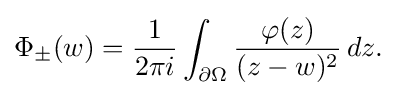
\displaystyle {\Phi _{\pm }(w)={1 \over 2\pi i}\int _{\partial \Omega }{\varphi (z) \over (z-w)^{2}}\,dz.}